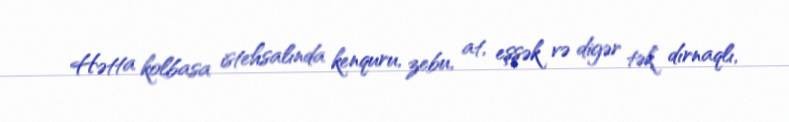
Hətta kolbasa istehsalında kenquru, zebu, at, eşşək və digər tək dırnaqlı,